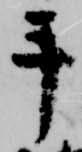
手